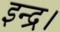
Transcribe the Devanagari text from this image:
इन्द्र।